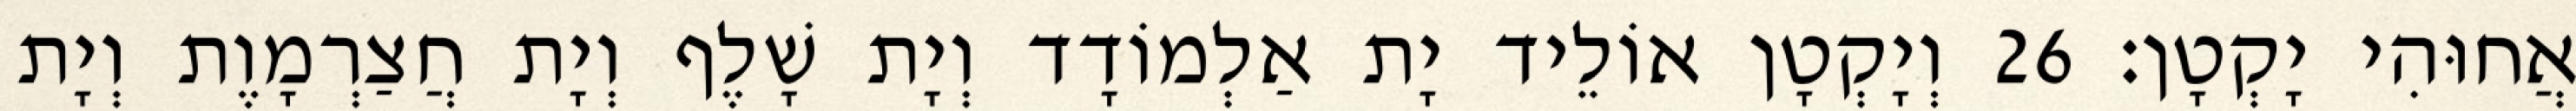
אֲחוּהִי יָקְטָן׃ 26 וְיָקְטָן אוֹלֵיד יָת אַלְמוֹדָד וְיָת שָׁלֶף וְיָת חֲצַרְמָוֶת וְיָת